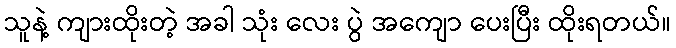
သူနဲ့ ကျားထိုးတဲ့ အခါ သုံး လေး ပွဲ အကျော ပေးပြီး ထိုးရတယ်။